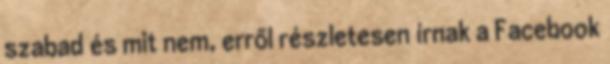
szabad és mit nem, erről részletesen írnak a Facebook